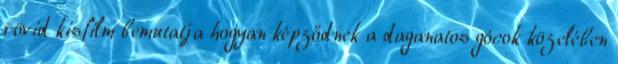
rövid kisfilm bemutatja hogyan képződnek a daganatos gócok közelében